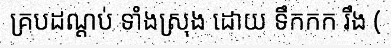
គ្របដណ្តប់ ទាំងស្រុង ដោយ ទឹកកក រឹង (